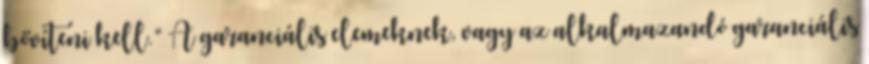
bővíteni kell.” A garanciális elemeknek, vagy az alkalmazandó garanciális